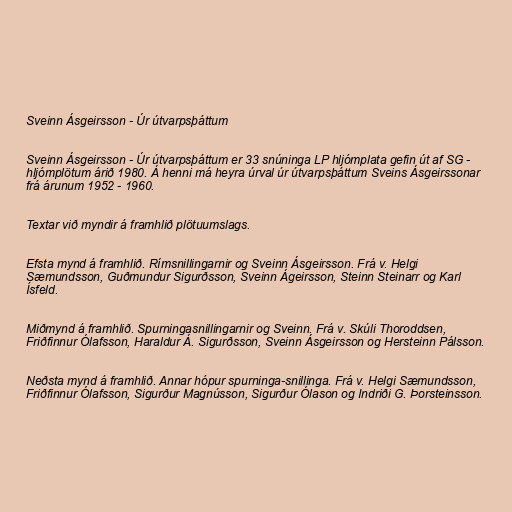
Sveinn Ásgeirsson - Úr útvarpsþáttum

Sveinn Ásgeirsson - Úr útvarpsþáttum er 33 snúninga LP hljómplata gefin út af SG -
hljómplötum árið 1980. Á henni má heyra úrval úr útvarpsþáttum Sveins Ásgeirssonar
frá árunum 1952 - 1960.

Textar við myndir á framhlið plötuumslags.

Efsta mynd á framhlið. Rímsnillingarnir og Sveinn Ásgeirsson. Frá v. Helgi
Sæmundsson, Guðmundur Sigurðsson, Sveinn Ágeirsson, Steinn Steinarr og Karl
Ísfeld.

Miðmynd á framhlið. Spurningasnillingarnir og Sveinn. Frá v. Skúli Thoroddsen,
Friðfinnur Ólafsson, Haraldur Á. Sigurðsson, Sveinn Ásgeirsson og Hersteinn Pálsson.

Neðsta mynd á framhlið. Annar hópur spurninga-snillinga. Frá v. Helgi Sæmundsson,
Friðfinnur Ólafsson, Sigurður Magnússon, Sigurður Ólason og Indriði G. Þorsteinsson.